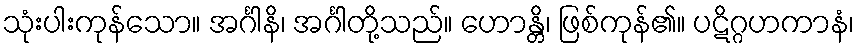
သုံးပါးကုန်သော။ အင်္ဂါနိ၊ အင်္ဂါတို့သည်။ ဟောန္တိ၊ ဖြစ်ကုန်၏။ ပဋိဂ္ဂဟကာနံ၊